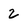
Character: 2